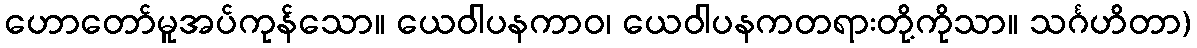
ဟောတော်မူအပ်ကုန်သော။ ယေဝါပနကာဝ၊ ယေဝါပနကတရားတို့ကိုသာ။ သင်္ဂဟိတာ)